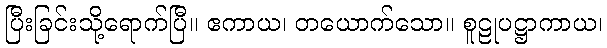
ပြီးခြင်းသို့ရောက်ပြီ။ ဧကာယ၊ တယောက်သော။ စူဠုပဋ္ဌာကာယ၊